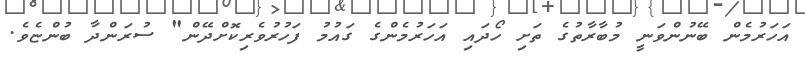
އަހަރުމެން ބޭނުންވަނީ މުބާރާތުގެ ތަށި ހޯދައި އަހަރުމެންގެ ގައުމު ފަހުރުވެރިކޮށްދޭން" ސުރަންދާ ބުންޏެވެ.